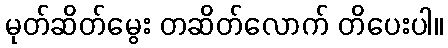
မုတ်ဆိတ်မွေး တဆိတ်လောက် တိပေးပါ။